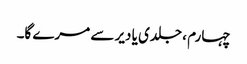
چہارم ، جلدی یا دیر سے مرے گا۔